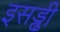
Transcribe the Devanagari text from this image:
इसड्ढी